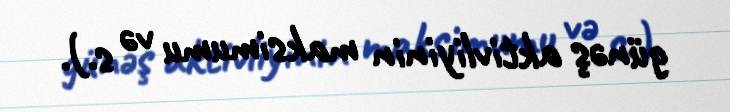
günəş aktivliyinin maksimumu və s.).